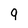
Character: q